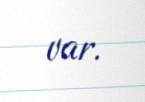
var.